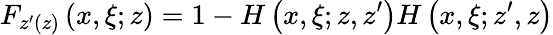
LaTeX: F_{z^{\prime}(z)}\left(x,\xi;z\right)=1-H\left(x,\xi;z,z^{\prime}\right)H\left(x,\xi;z^{\prime},z\right)